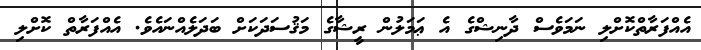
އެއްފަރާތްކޮށްލި ނަމަވެސް ދާނިޝްގެ އެ ޢަމަލުުން ރީޝާގެ މަޤުސަދަަކަށް ބަދަލެއްނައެވެ. އެއްފަރާތް ކޮށްލި